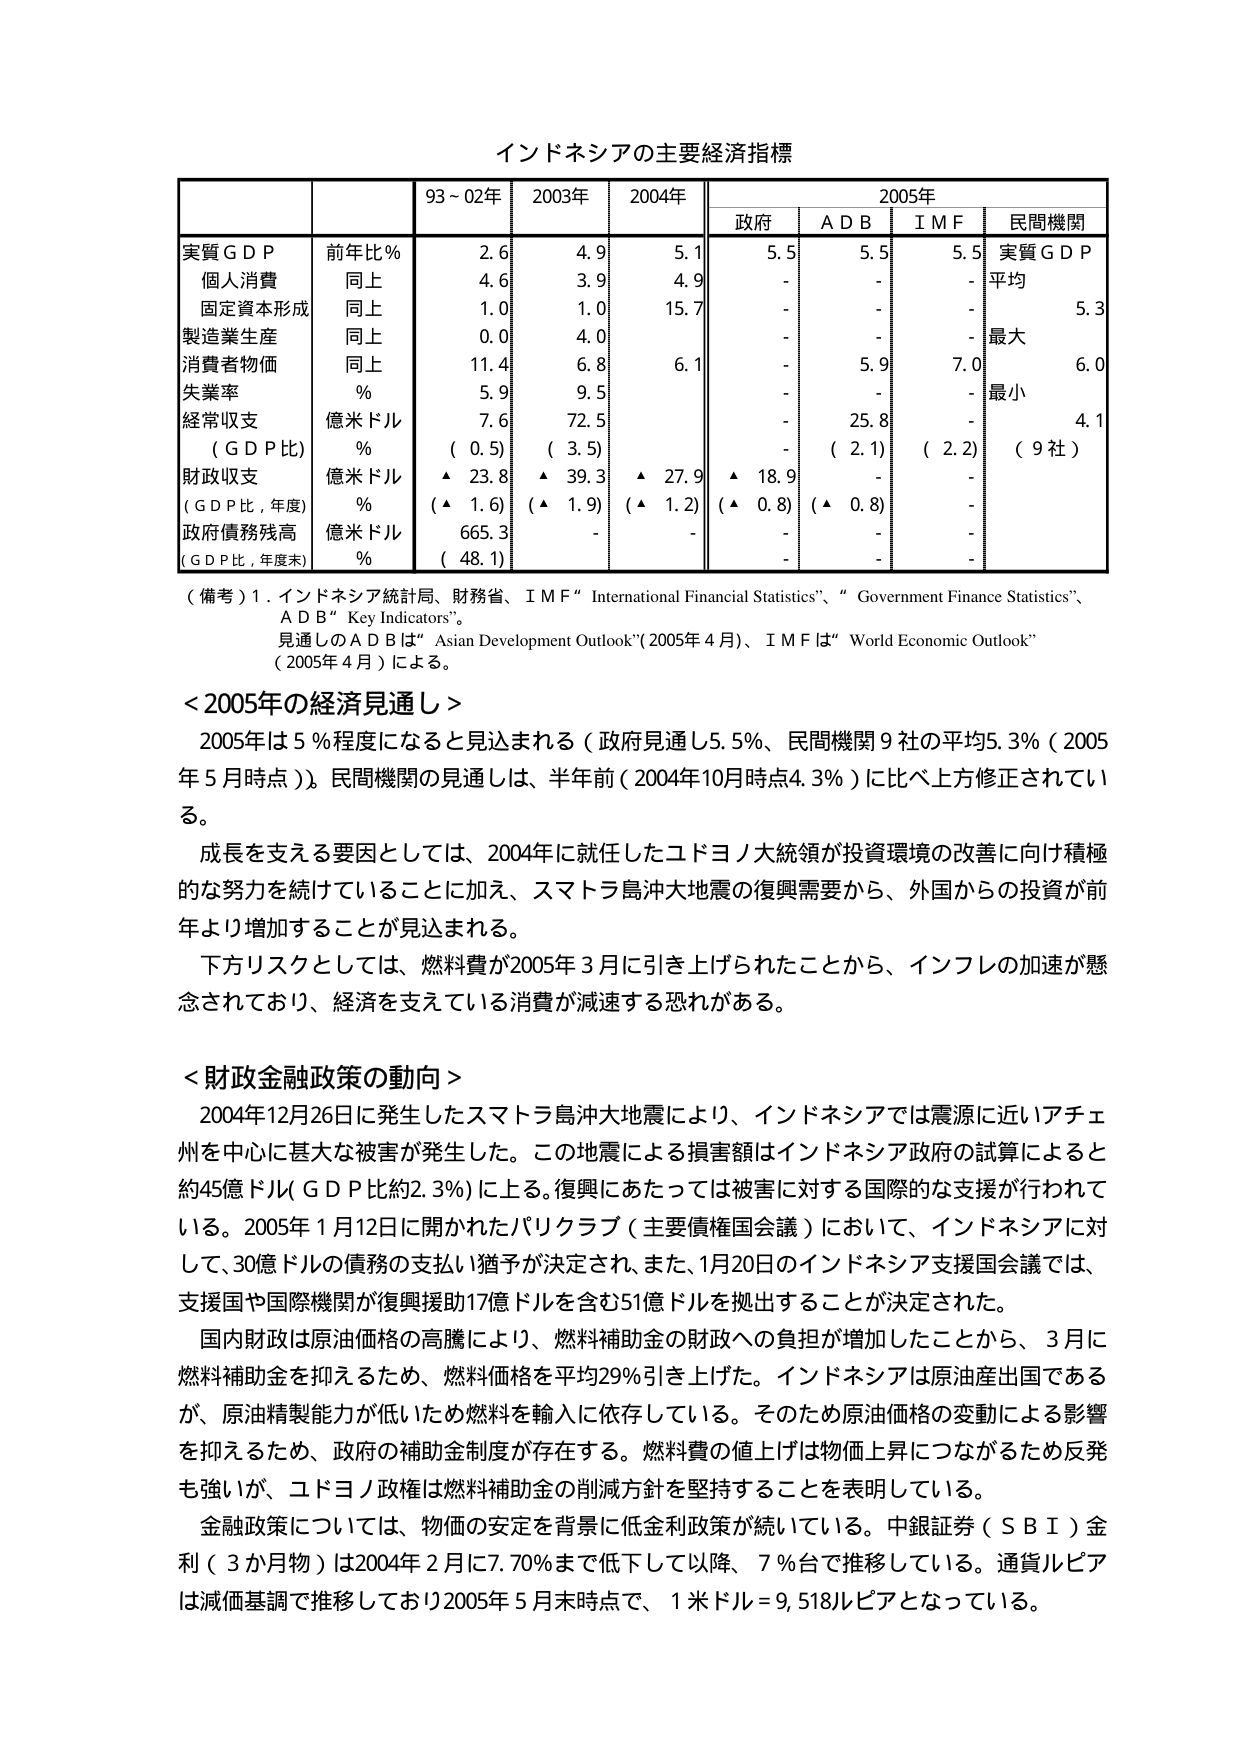
インドネシアの主要経済指標

| | | 93～02年 | 2003年 | 2004年 | | 2005年 | | | |
|---|---|---|---|---|---|---|---|---|---|
| | | | | | | 政府 | A D B | I M F | 民間機関 |
| 実質ＧＤＰ | 前年比％ | 2.6 | 4.9 | 5.1 | | 5.5 | 5.5 | 5.5 | 実質ＧＤＰ |
| 個人消費 | 同上 | 4.6 | 3.9 | 4.9 | | - | - | - | 平均 |
| 固定資本形成 | 同上 | 1.0 | 1.0 | 15.7 | | - | - | - | 5.3 |
| 製造業生産 | 同上 | 0.0 | 4.0 | | | - | - | - | 最大 |
| 消費者物価 | 同上 | 11.4 | 6.8 | 6.1 | | - | 5.9 | 7.0 | 6.0 |
| 失業率 | ％ | 5.9 | 9.5 | | | - | - | - | 最小 |
| 経常収支 | 億米ドル | 7.6 | 72.5 | | | - | 25.8 | - | 4.1 |
| （ＧＤＰ比） | ％ | （0.5） | （3.5） | | | - | （2.1） | （2.2） | （9社） |
| 財政収支 | 億米ドル | ▲23.8 | ▲39.3 | ▲27.9 | ▲18.9 | - | - | - | |
| （ＧＤＰ比，年度） | ％ | （▲1.6） | （▲1.9） | （▲1.2） | （▲0.8） | （▲0.8） | - | - | |
| 政府債務残高 | 億米ドル | 665.3 | - | - | - | - | - | - | |
| （ＧＤＰ比，年度末） | ％ | （48.1） | | | | | | | |

（備考）1．インドネシア統計局、財務省、ＩＭＦ“International Financial Statistics”、“Government Finance Statistics”、ＡＤＢ“Key Indicators”。
見通しのＡＤＢは“Asian Development Outlook”（2005年4月）、ＩＭＦは“World Economic Outlook”（2005年4月）による。

＜2005年の経済見通し＞
2005年は5％程度になると見込まれる（政府見通し5.5％、民間機関9社の平均5.3％（2005年5月時点））。民間機関の見通しは、半年前（2004年10月時点4.3％）に比べ上方修正されている。
成長を支える要因としては、2004年に就任したユドヨノ大統領が投資環境の改善に向け積極的な努力を続けていることに加え、スマトラ島沖大地震の復興需要から、外国からの投資が前年より増加することが見込まれる。
下方リスクとしては、燃料費が2005年3月に引き上げられたことから、インフレの加速が懸念されており、経済を支えている消費が減速する恐れがある。

＜財政金融政策の動向＞
2004年12月26日に発生したスマトラ島沖大地震により、インドネシアでは震源に近いアチェ州を中心に甚大な被害が発生した。この地震による損害額はインドネシア政府の試算によると約45億ドル（ＧＤＰ比約2.3％）に上る。復興にあたっては被害に対する国際的な支援が行われている。2005年1月12日に開かれたパリクラブ（主要債権国会議）において、インドネシアに対して、30億ドルの債務の支払い猶予が決定され、また、1月20日のインドネシア支援国会議では、支援国や国際機関が復興援助17億ドルを含む51億ドルを拠出することが決定された。
国内財政は原油価格の高騰により、燃料補助金の財政への負担が増加したことから、3月に燃料補助金を抑えるため、燃料価格を平均29％引き上げた。インドネシアは原油産出国であるが、原油精製能力が低いため燃料を輸入に依存している。そのため原油価格の変動による影響を抑えるため、政府の補助金制度が存在する。燃料費の値上げは物価上昇につながるため反発も強いが、ユドヨノ政権は燃料補助金の削減方針を堅持することを表明している。
金融政策については、物価の安定を背景に低金利政策が続いている。中銀証券（ＳＢＩ）金利（3か月物）は2004年2月に7.70％まで低下して以降、7％台で推移している。通貨ルピアは減価基調で推移しており2005年5月末時点で、1米ドル＝9,518ルピアとなっている。